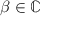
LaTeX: \beta \in \mathbb { C }